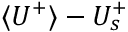
\langle U ^ { + } \rangle - U _ { s } ^ { + }